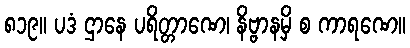
၈၁၉။ ပဒံ ဌာနေ ပရိတ္တာဏေ၊ နိဗ္ဗာနမှိ စ ကာရဏေ။